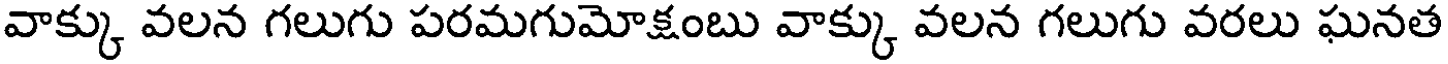
వాక్కు వలన గలుగు పరమగుమోక్షంబు వాక్కు వలన గలుగు వరలు ఘనత